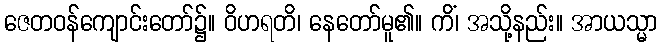
ဇေတဝန်ကျောင်းတော်၌။ ဝိဟရတိ၊ နေတော်မူ၏။ ကိံ၊ အသို့နည်း။ အာယသ္မာ